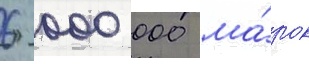
6 000 000 ма́рок